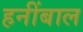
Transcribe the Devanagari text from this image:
हनींबाल